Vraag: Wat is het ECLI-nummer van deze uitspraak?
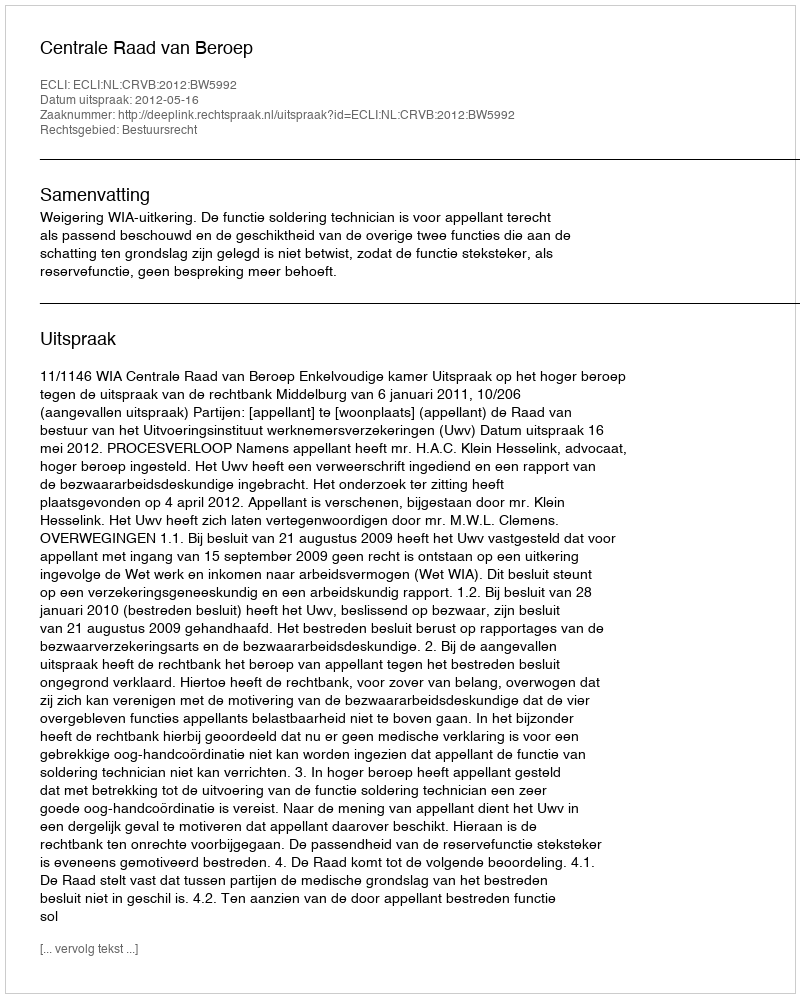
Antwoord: ECLI:NL:CRVB:2012:BW5992